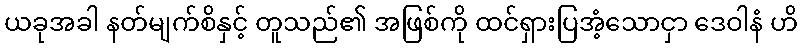
ယခုအခါ နတ်မျက်စိနှင့် တူသည်၏ အဖြစ်ကို ထင်ရှားပြအံ့သောငှာ ဒေဝါနံ ဟိ